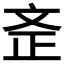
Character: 𣁇